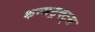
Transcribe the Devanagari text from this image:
कन्सट्रक्ट्स